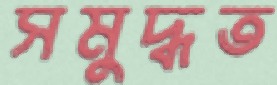
সমুদ্ধত